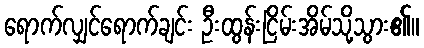
ရောက်လျှင်ရောက်ချင်း ဦးထွန်းငြိမ်းအိမ်သို့သွား၏။